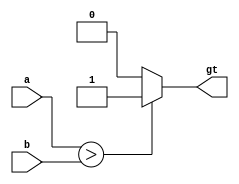
/*
This code implements a 3-bit binary
comparator that compares the two inputs
`a` and `b` and outputs a value on the `gt`
output indicating which input is greater. If
`a` is greater than `b`, the output `gt` is
set to high (`1'b1`), otherwise it is set to low (`1'b0`).
*/

module comparator3 (input [2:0] a, input [2:0] b, output reg gt);

always @* begin
    if (a > b) begin
        gt <= 1'b1;
    end else begin
        gt <= 1'b0;
    end
end

endmodule